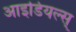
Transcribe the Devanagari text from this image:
आइडियल्स्‌